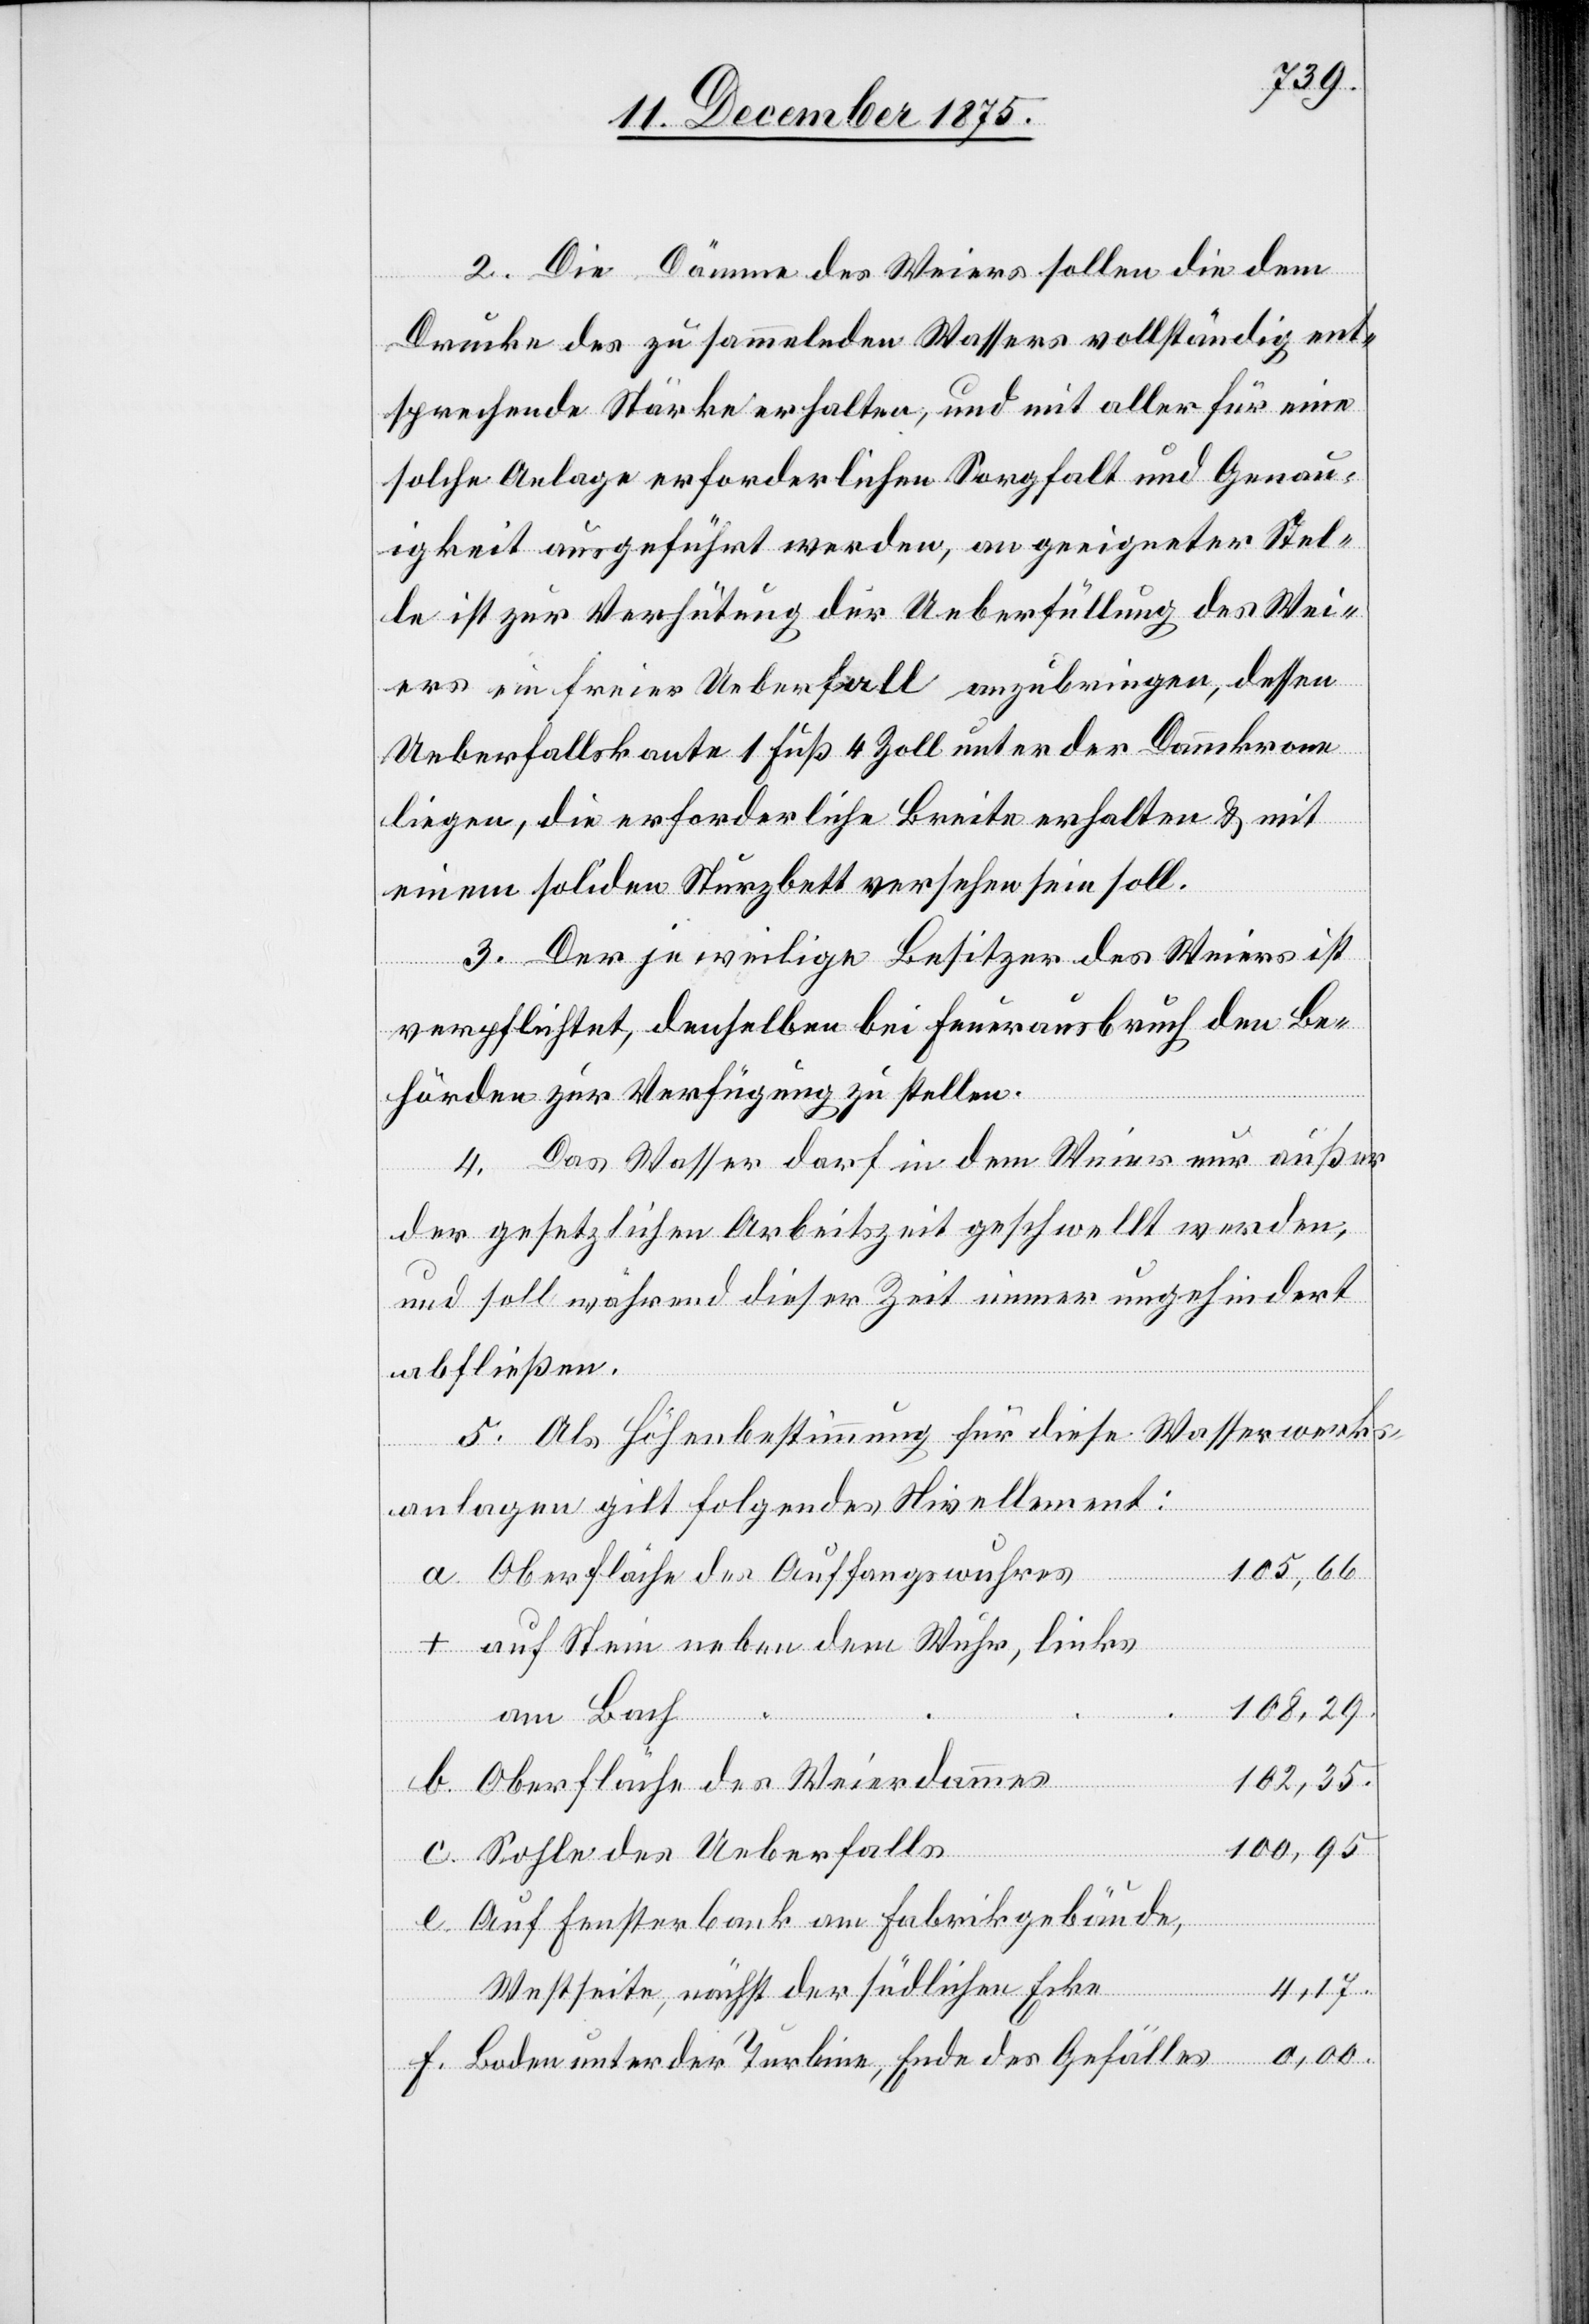
2. Die Dämme des Weiers sollen die dem
Drucke des zu sammelnden Wassers vollständig ent¬
sprechende Stärke erhalten, und mit aller für eine
solche Anlage erforderlichen Sorgfalt und Genau¬
igkeit ausgeführt werden, an geeigneter Stel¬
le ist zur Verhütung der Ueberfüllung des Wei¬
ers ein freier Ueberfall anzubringen, dessen
Ueberfallskante 1 Fuß 4 Zoll unter der Dammkrone
liegen, die erforderliche Breite erhalten & mit
einem soliden Sturzbett versehen sein soll.
3. Der jeweilige Besitzer des Weiers ist
verpflichtet, denselben bei Feuerausbruch den Be¬
hörden zur Verfügung zu stellen.
4. Das Wasser darf in dem Weier nur außer
der gesetzlichen Arbeitszeit geschwellt werden,
und soll während dieser Zeit immer ungehindert
abfließen.
5. Als Höhenbestimmung für diese Wasserwerks¬
anlagen gilt folgendes Nivellement:
105,66.
Oberfläche des Auffangswuhres
auf Stein neben dem Wuhr, links
108,29.
b.
am Bach
102,35.
Oberfläche des Weierdammes
100,95.
Sohle des Ueberfalls
Auf Fensterbank am Fabrikgebäude,
Westseite, nächst der südlichen Ecke
4,17.
0,00.
Boden unter der Turbine, Ende des Gefälles